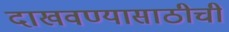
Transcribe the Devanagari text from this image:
दाखवण्यासाठीची